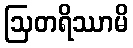
ဩတရိဿာမိ